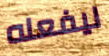
ليفعله